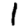
Digit: 1